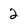
Character: 2